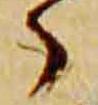
々